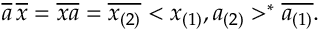
\overline { { { a } } } \, \overline { { { x } } } = \overline { { { x a } } } = \overline { { { x _ { ( 2 ) } } } } < x _ { ( 1 ) } , a _ { ( 2 ) } > ^ { * } \overline { { { a _ { ( 1 ) } } } } .